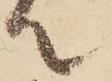
て